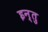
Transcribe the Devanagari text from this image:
इन्तु